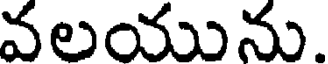
వలయును.